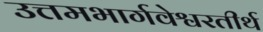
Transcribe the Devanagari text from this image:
उत्तमभार्गवेश्वरतीर्थ